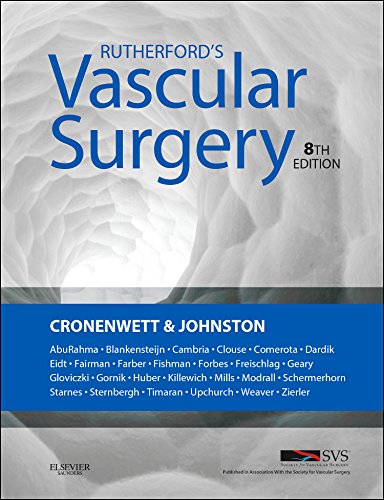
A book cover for Rutherford's Vascular Surgery, 2-Volume Set, 8e; Jack L. Cronenwett MD; Medical Books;